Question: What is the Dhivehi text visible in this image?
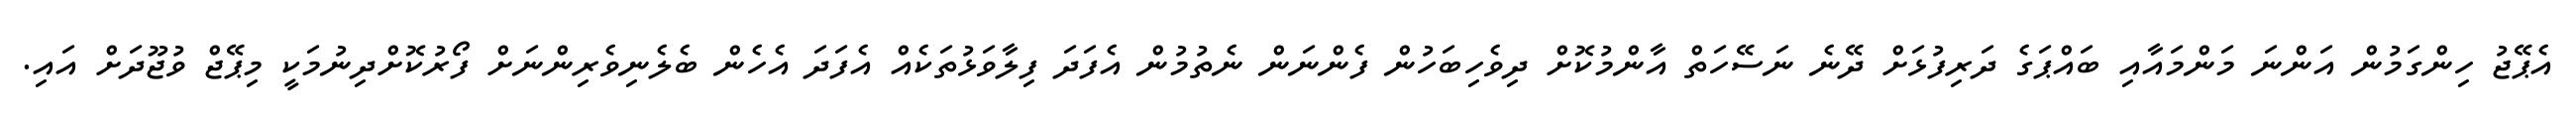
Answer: އެޕޭޖު ހިންގަމުން އަންނަ މަންމައާއި ބައްޕަގެ ދަރިފުޅަށް ދޭނެ ނަސޭހަތް އާންމުކޮށް ދިވެހިބަހުން ފެންނަން ނެތުމުން އެފަދަ ފިލާވަޅުތަކެއް އެފަދަ އެހެން ބެލެނިވެރިންނަށް ފޯރުކޮށްދިނުމަކީ މިޕޭޖް ވުޖޫދަށް އައި.